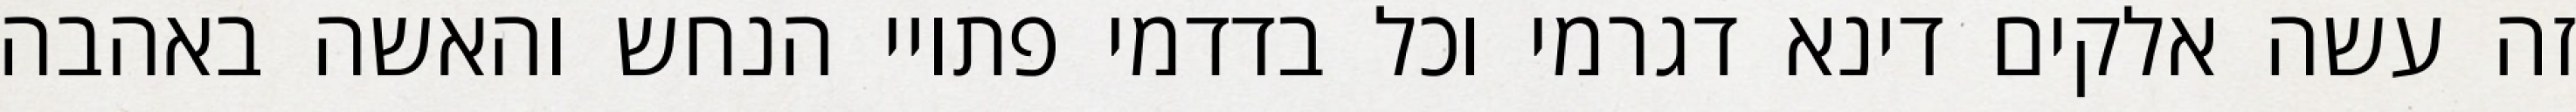
זה עשה אלקים דינא דגרמי וכל בדדמי פתויי הנחש והאשה באהבה